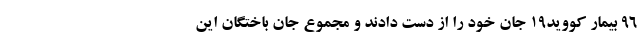
۹۶ بیمار کووید۱۹ جان خود را از دست دادند و مجموع جان باختگان این